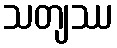
သတျဿ